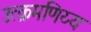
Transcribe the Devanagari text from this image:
उत्क्रमणिय्य